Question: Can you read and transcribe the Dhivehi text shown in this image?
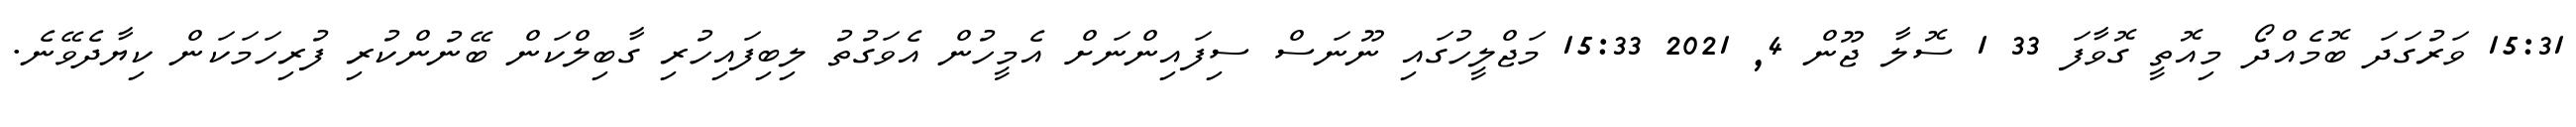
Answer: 15:31 ވަރުގަދަ ބޮމެއްދޯ މިއޮތީ ގޮވާފަ 33 1 ސޮލާ ޖޫން 4, 2021 15:33 މަޖްލީހުގައި ނޫނަސް ސިފައިންނަށް އެމީހުން އެވަގުތު ލިބިފައިހުރި ގާބިލްކަން ބޭނުންކުރި ފުރިހަމަކަން ކިޔާދެވޭނެ.